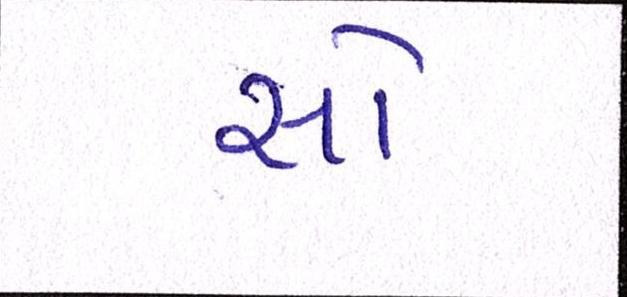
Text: સૌ